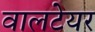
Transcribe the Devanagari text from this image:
वालटेयर